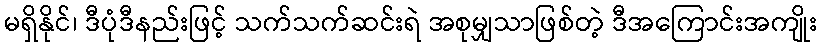
မရှိနိုင်၊ ဒီပုံဒီနည်းဖြင့် သက်သက်ဆင်းရဲ အစုမျှသာဖြစ်တဲ့ ဒီအကြောင်းအကျိုး